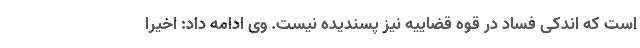
است که اندکی فساد در قوه قضاییه نیز پسندیده نیست. وی ادامه داد: اخیرا